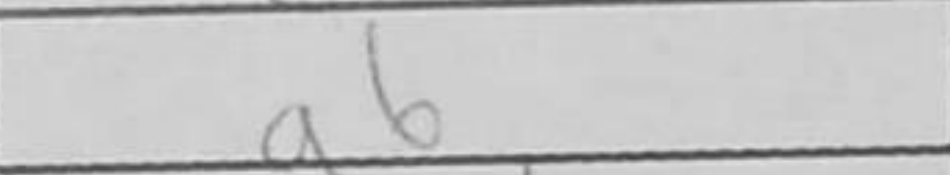
Transcription: a6